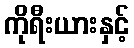
ကိုရီးယားနှင့်